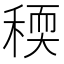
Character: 稬